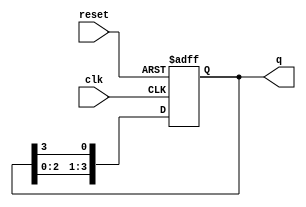
module ring_counter (
    input wire clk,           // Clock input
    input wire reset,         // Asynchronous reset input
    output reg [3:0] q        // 4-bit output
);

    // Initial state
    initial begin
        q = 4'b0001;          // Start with the first flip-flop set to '1'
    end

    always @(posedge clk or posedge reset) begin
        if (reset) begin
            q <= 4'b0001;      // Reset the counter to initial state
        end else begin
            // Shift the '1' to the left and wrap around
            q <= {q[2:0], q[3]};
        end
    end
endmodule